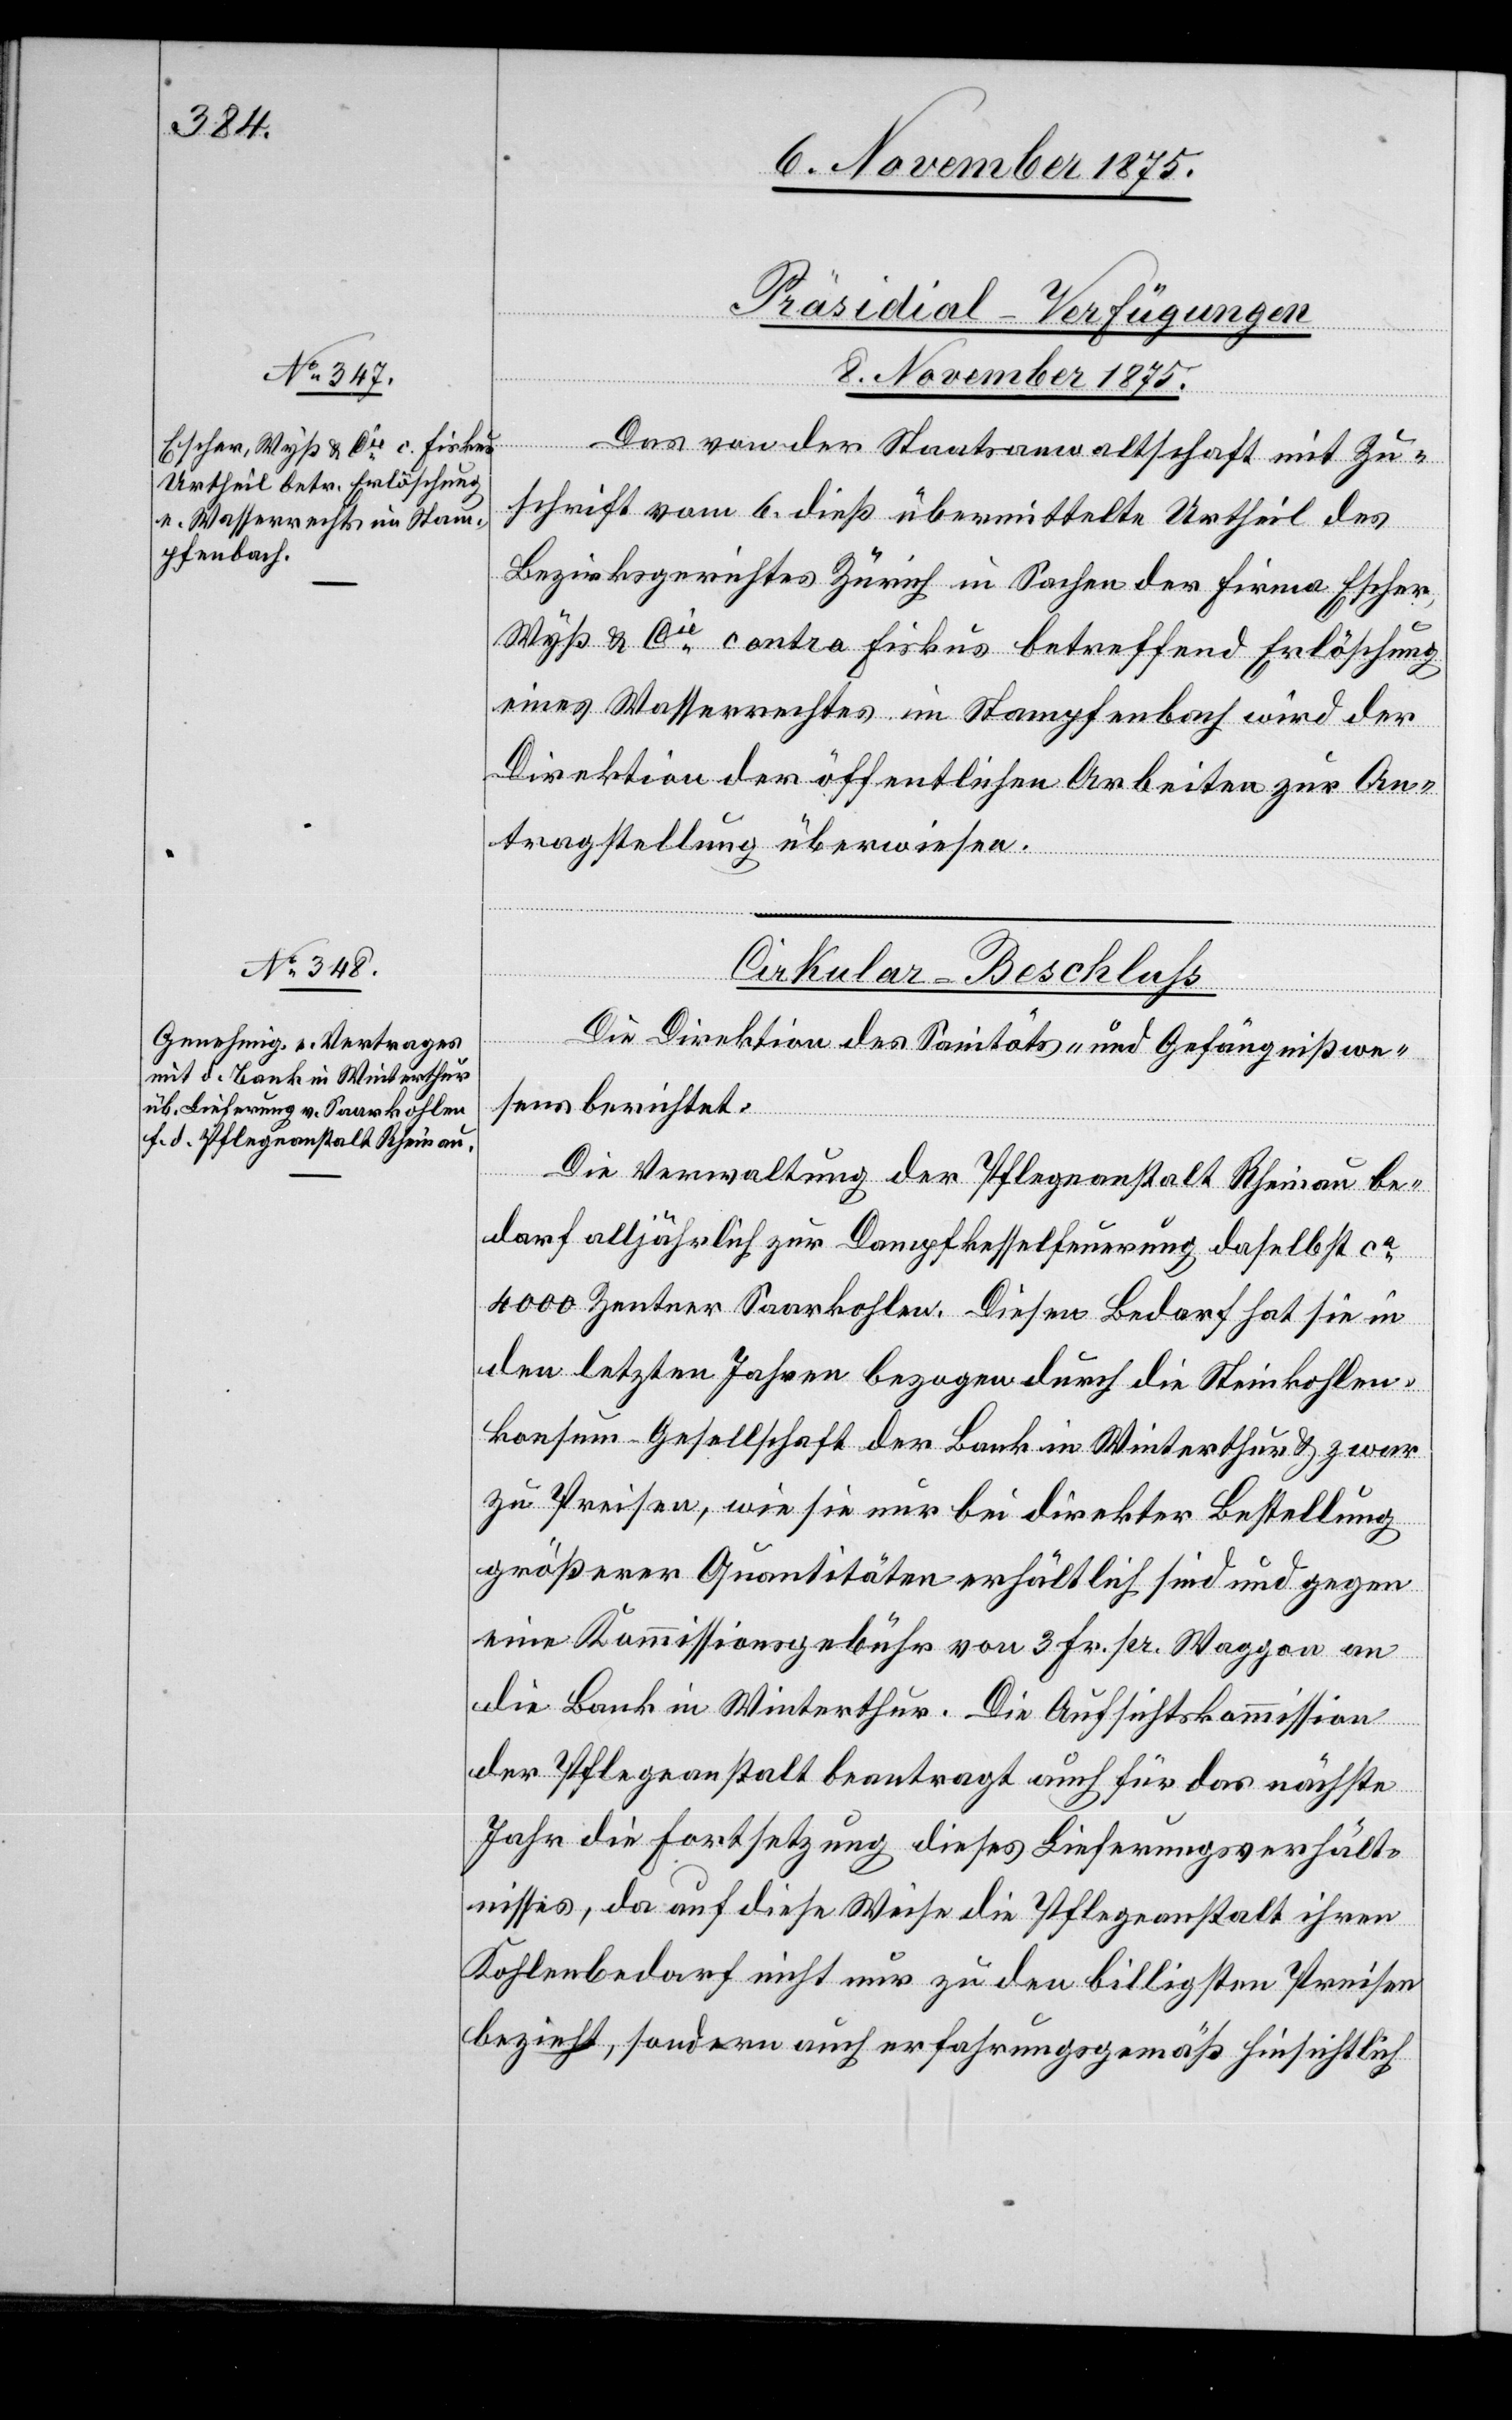
Präsidial-Verfügungen.
[8. November 1875.]
Das von der Staatsanwaltschaft mit Zu¬
schrift vom 6. dieß übermittelte Urtheil des
Bezirksgerichtes Zürich in Sachen der Firma Escher,
Wyß & Cie contra Fiskus betreffend Erlöschung
eines Wasserrechtes im Stampfenbach wird der
Direktion der öffentlichen Arbeiten zur An¬
tragstellung überwiesen.
Cirkular-Beschluß.
Die Direktion des Sanitäts- und Gefängnißwe¬
sens berichtet:
Die Verwaltung der Pflegeanstalt Rheinau be¬
darf alljährlich zur Dampfkesselfeuerung daselbst ca
4000 Zentner Saarkohlen. Diesen Bedarf hat sie in
den letzten Jahren bezogen durch die Steinkohlen¬
konsum-Gesellschaft der Bank in Winterthur & zwar
zu Preisen, wie sie nur bei direkter Bestellung
größerer Quantitäten erhältlich sind und gegen
eine Kommissionsgebühr von 3 Fr. pr. Waggon an
die Bank in Winterthur. Die Aufsichtskommission
der Pflegeanstalt beantragt auch für das nächste
Jahr die Fortsetzung dieses Lieferungsverhält¬
nisses, da auf diese Weise die Pflegeanstalt ihren
Kohlenbedarf nicht nur zu den billigsten Preisen
bezieht, sondern auch erfahrungsgemäß hinsichtlich